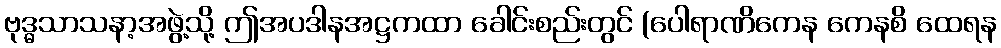
ဗုဒ္ဓသာသနာ့အဖွဲ့သို့ ဤအပဒါနအဋ္ဌကထာ ခေါင်းစည်းတွင် (ပေါရာဏိကေန ကေနစိ ထေရန